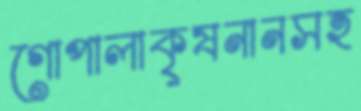
গোপালাকৃষনানসহ